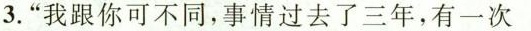
3.”我跟你可不同，事情过去了三年，有一次